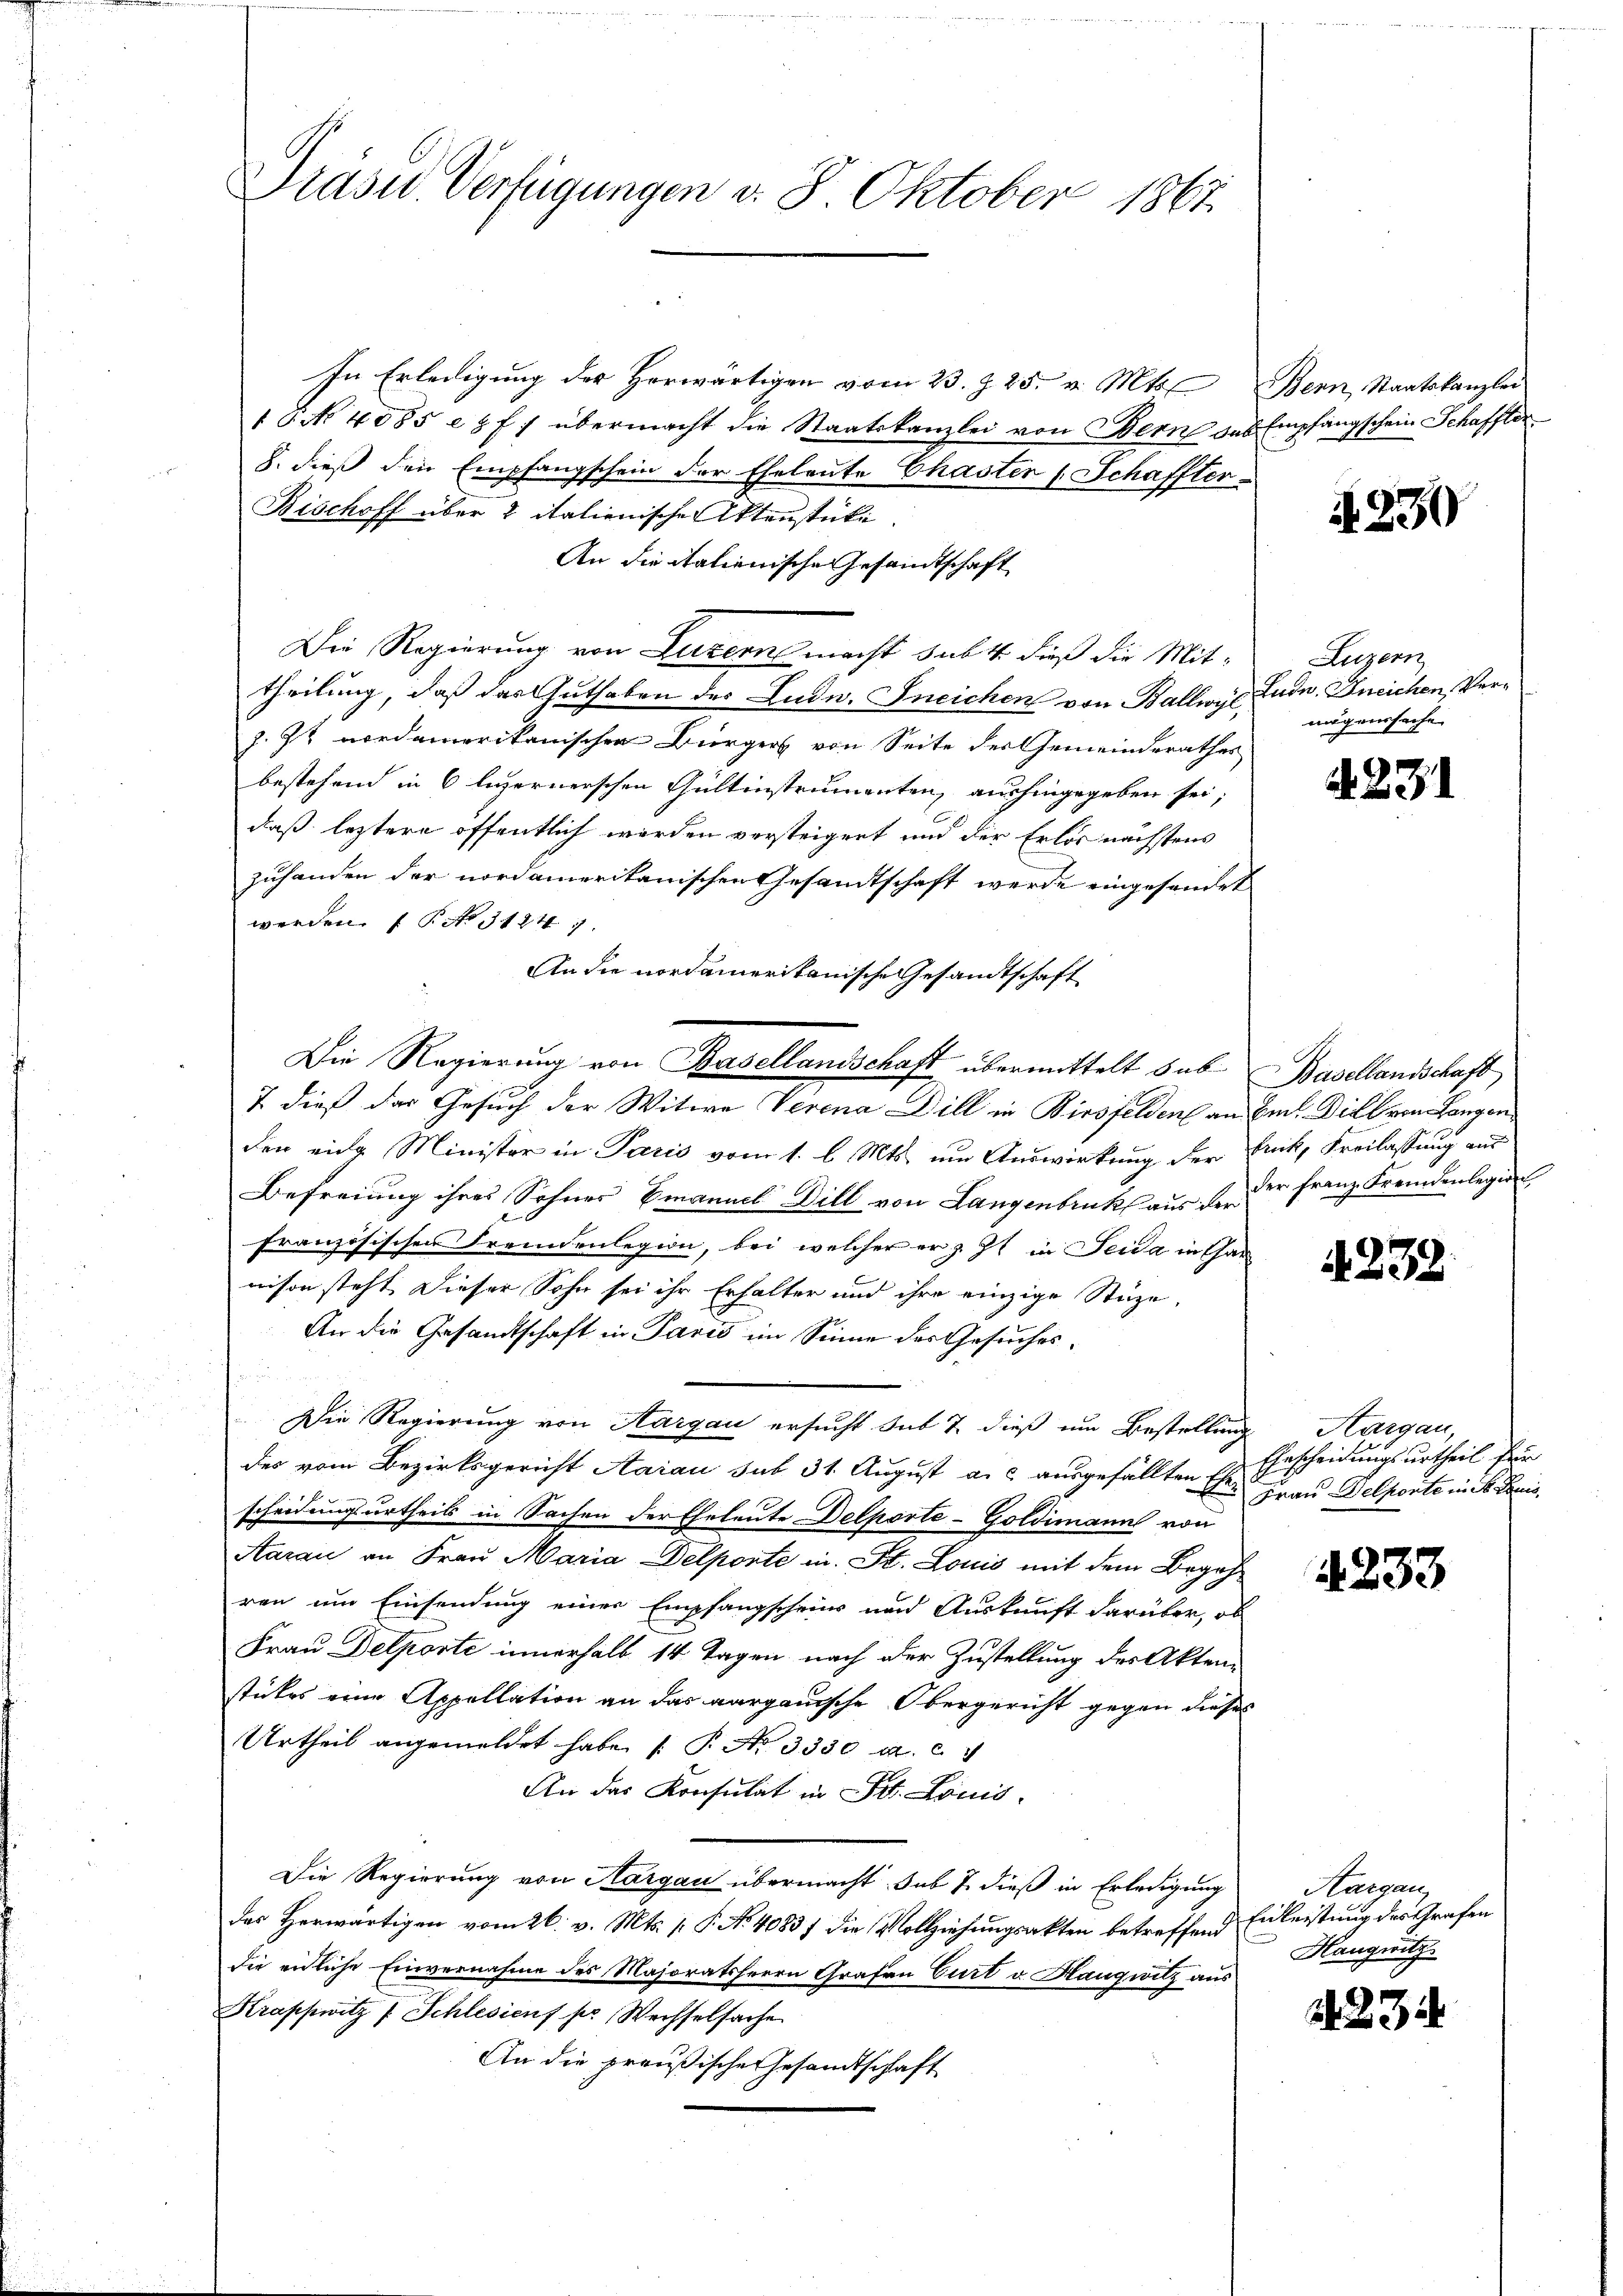
Pras u. Verfügungen v. 8. Oktober 1867.

In Erledigung der herwärtigen vom 23. Z. 25. v. Mts. Bern, Staatskanzlei
1 S. No 4085 ez f.) übermacht die Staatskanzlei von Bern das Empfangschein Schaffter
8. dieß den Empfangschein der Eheleute Chaster (Schaffter-
Bischoff über 2 italienische Aktenstücke.
An die italienische Gesandtschaft
Die Regierung von Luzern macht sub 14. dieß die Mittheilung, daß das Guthaben des Ludw. Ineichen von Ballwyl Lude, Kneichen, Ver¬
J. 7t nordamerikanischen Bürgers von Seite der Gemeinderathes
bestehend in 6 ligernerschen Gultinstrumenten, aushingegeben sei;
daß leztere öffentlich werden versteigert und der Erlös nächstens
zuhanden der nordamerikanischen Gesandtschaft werde eingesendet
werden. (T. No. 31241.
An die nordamerikanische Gesandtschaft
Die Regierung von Basellandschaft übermittelt sub Basellandschaft
7 dieß das Gesuch der Witwe Verena Dill in Birsfelden an Se. Diel von Langen,
den eine Minister in Paris vom 1. l. Mts. um Auswirkung der Frick, Freilassung aus
Befreiung ihres Sohnes Emanuel Dill von Langenbruckt aus der der Franz Fremdenlegier
französischen Fremdenlegion, bei welcher er z. Zt. in Seida in Gar
nison steht. Dieser Sohn sei ihr Erhalter und ihre einzige Stüze
An die Gesandtschaft in Paris im Sinne des Gesuches.
Die Regierung von Aargau ersucht sub 7 dieß um Bestellung
der vom Bezirksgericht Aarau sub 31. August a. c. ausgefällten Er Ehrscheidungsurtheil für
scheidungsurtheils in Sachen der Eheleute Delporte-Goldimann von
Aarau an Frau Maria Delporte in St. Louis mit dem Begehren um Einsendung einer Empfangscheins und Auskunft darüber, ob
Frau Delporte innerhalb 14 Tagen nach der Zustellung des Akten
stückes eine Appellation an das aargauische Obergericht gegen dieses
Urtheil angemeldet habe. (T. No 3330 a. c.
An das Konsulat in Fr. Louis
Die Regierung von Aargau übermacht sub 7. dieß in Erledigung
das Herwärtigen vom 26. v. Mts. P. No. 40837 die Vollziehungsakten betreffend Einleistung des Grafen
die endliche Einvernahme des Majoratsherrn Grafen Curt v. Haugwitz aus
Krappwitz / Schlesiens per Wechselsache
An die preußische Gesandtschaft

A. 230

Luzern
mögenssache

A. 231

4238.

Kargau,
Frau Delporte in St. Louis

4233

Aargau
Hangwitz

3